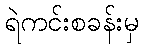
ရဲကင်းစခန်းမှ